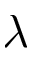
\lambda